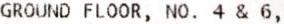
GROUND FLOOR, NO. 4 & 6,